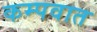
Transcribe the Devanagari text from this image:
कम्पवात